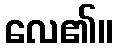
လေ၏။